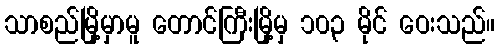
သာစည်မြို့မှာမူ တောင်ကြီးမြို့မှ ၁၀၃ မိုင် ဝေးသည်။